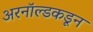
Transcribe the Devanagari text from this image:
अरनॉल्डकडून